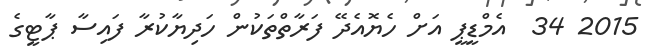
2015 34  އެމްޑީޕީ އަށް ހެޔޮއެދޭ ފަރާތްތަކުން ހަދިޔާކުރާ ފައިސާ ޕާޓީގެ